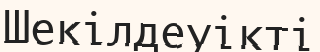
Шекілдеуікті